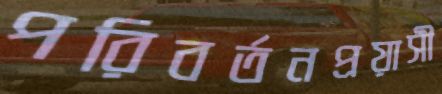
পরিবর্তনপ্রয়াসী